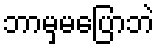
ဘာမှမပြောဘဲ